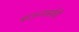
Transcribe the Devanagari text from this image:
बाऊन्सर्सची